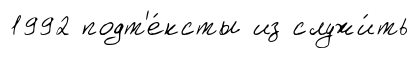
1992 подт'е́ксты из служи́ть